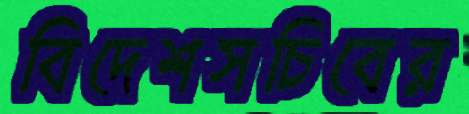
বিদেশসচিবের